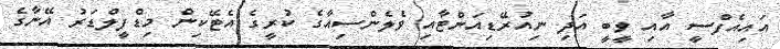
އައިއެފްސީ އާއި ވީބީ އަދި ނިއުރޭޑިއަންޓާއި ވެލެންސިއާގެ ކުރީގެ އެޓޭކިން މިޑްފީލްޑަރު އޭނާގެ